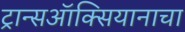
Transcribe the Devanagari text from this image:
ट्रान्सऑक्सियानाचा